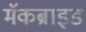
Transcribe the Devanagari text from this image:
मॅकब्राइड